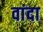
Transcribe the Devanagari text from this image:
वांदा